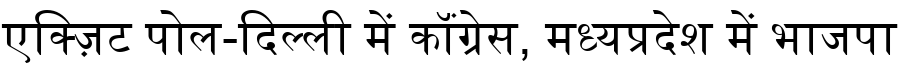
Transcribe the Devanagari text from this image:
एक्ज़िट पोल-दिल्ली में कॉंग्रेस, मध्यप्रदेश में भाजपा